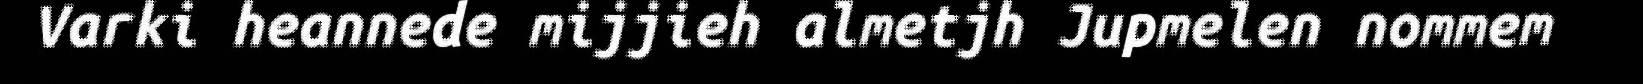
Varki heannede mijjieh almetjh Jupmelen nommem